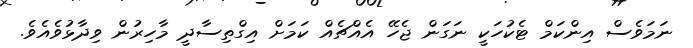
ނަމަވެސް އިންކަމް ޓެކުހަކީ ނަގަން ޖެހޭ އެއްޗެއް ކަމަށް އިގްތިސާދީ މާހިރުން ވިދާޅުވެއެވެ.